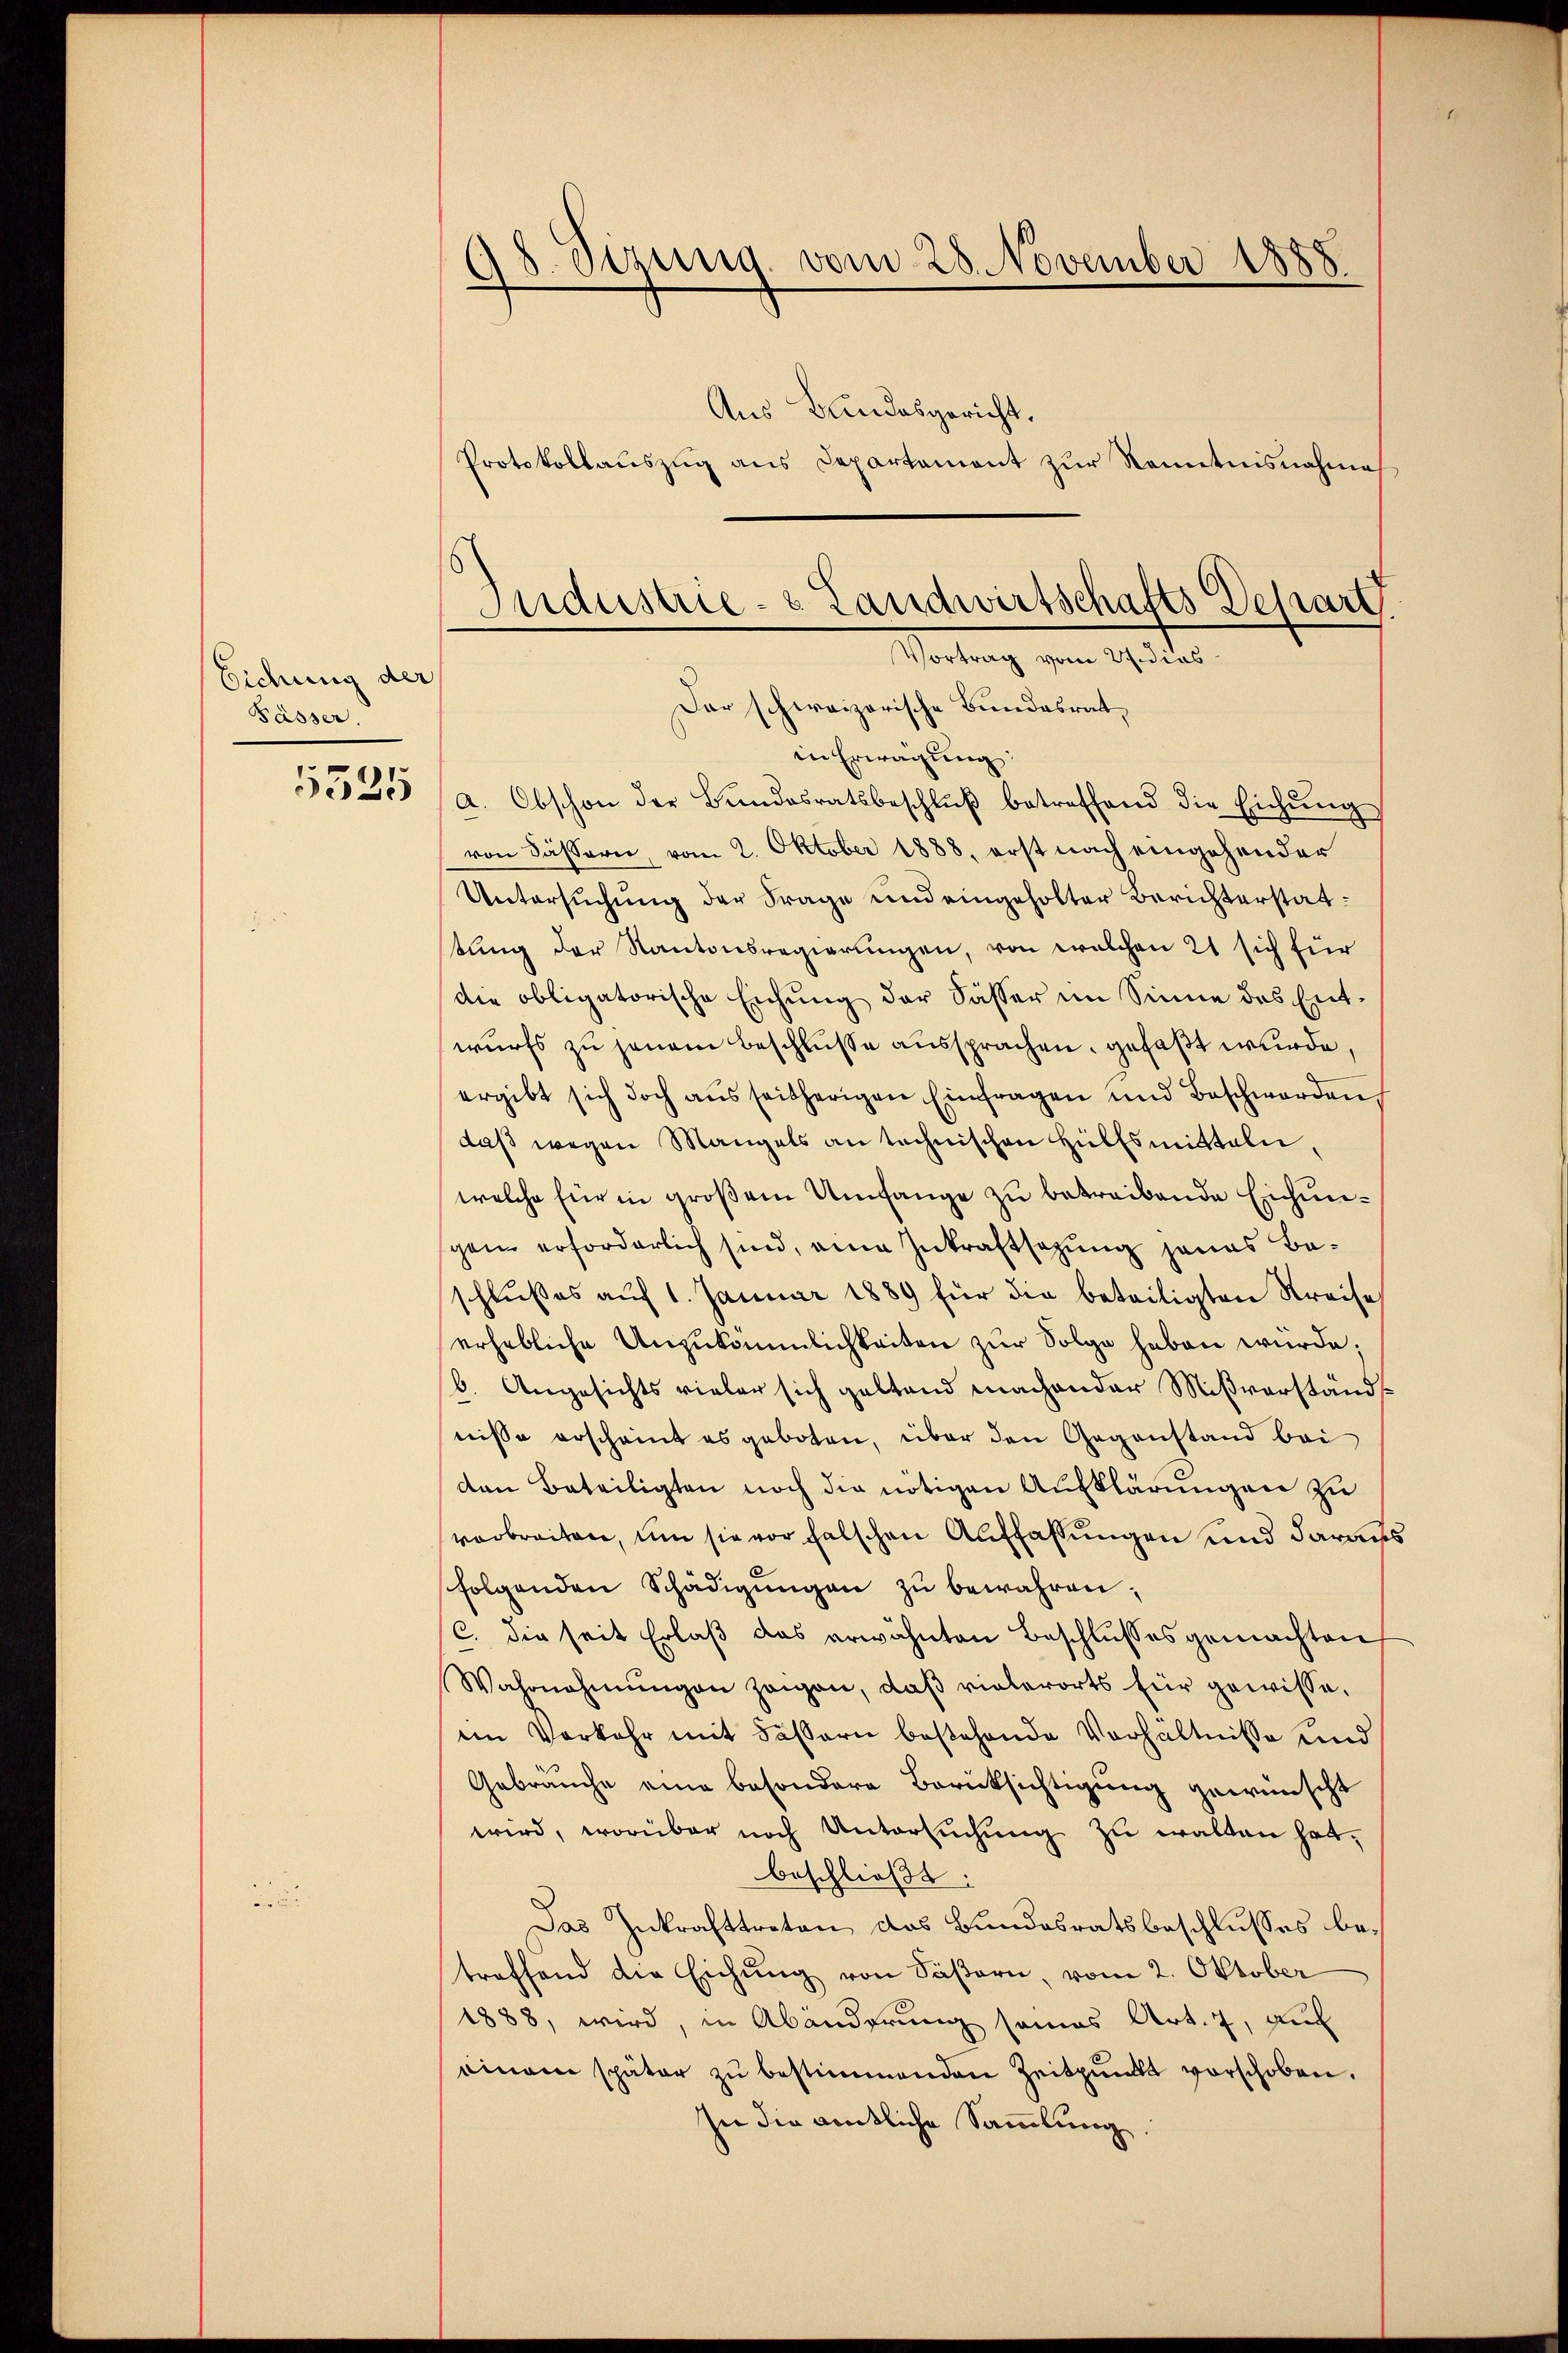
Eichung der
Pässer.

5325

18. Sizung vom 28. November 1858.
Aus Bundesgericht.
Protokollauszug aus Departement zur Kenntnisnahme

Der schweizerische Bundesratin Erwägung
a. Obschon der Bŭndesratsbeschlŭβ betreffend die Eichŭng
von Fässern, vom 2. Oktober 1888, erst nach eingehender
Untersuchung der Frage und eingeholter Berichterstattung der Kantonsregierungen, von welchen 21 sich für
die obligatorische Eichŭng der Sässer im Sinne des Ent-
wurfs zu jenem Beschlusse aussprachen, gefaßt wurde,
ergibt sich doch aŭs seitherigen Einfragen und Beschwerden,
daβ wegen Mangels an technischen Hülfsmitteln,
welche für in großem Umfange zu betreibende Eichungen erforderlich sind, eine Zukraftsetzung jenes Beschlußes auf 1. Januar 1889 für die beteiligten Kreise
erhebliche Unzukömmlichkeiten zur Folge haben wurde;
b. Angesichts vieler sich geltend machender Mißverständ
nisse erscheint es geboten, über den Gegenstand bei
den Beteiligten noch die nötigen Aufklärungen zu
verbreiten, um sie vor falschen Auffassungen und daraus
folgenden Schädigŭngen zŭ bewahren;
C. die seit Erlaß das erwähnten Beschlusses gemachten
Wahrnahmŭngen zeigen, daβ vielerorts für gewisse.
iin Vorkehr mit Fässern bestehende Verhältnisse und
Gebrauche eine besondere Berücksichtigung gewünscht
wird, worüber noch Untersuchung zu walten hat,
beschließt:
Das Inkrafttreten das Bundesratsbeschlusses betreffend die Eichung von Säsern, vom 2. Oktober
1888, wird, in Abänderung seines Art. 7, auc
einem später zŭ bestimmenden Zeitpunkt verschoben.
In die amtliche Sammlung

Industrie- & Landwirtschafts Depart.
Vortrag vom 27. dies